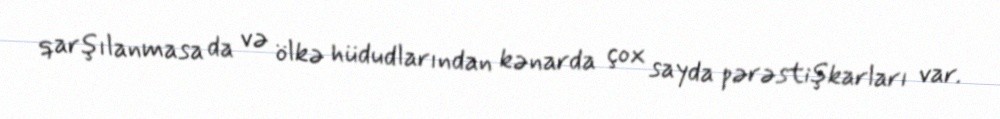
qarşılanmasa da və ölkə hüdudlarından kənarda çox sayda pərəstişkarları var.